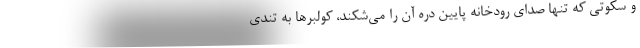
و سكوتي كه تنها صداي رودخانه پايين دره آن را مي‌شكند، كولبرها به تندي